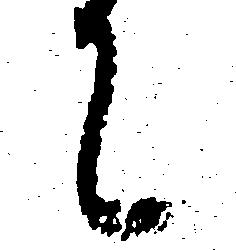
て